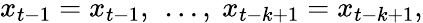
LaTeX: x_{t-1}=x_{t-1},\ \dots,\ x_{t-k+1}=x_{t-k+1},